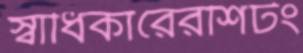
স্বাধিকারেরশিটং